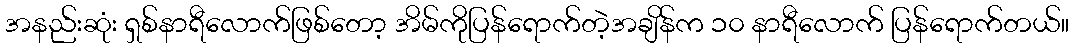
အနည်းဆုံး ရှစ်နာရီလောက်ဖြစ်တော့ အိမ်ကိုပြန်ရောက်တဲ့အချိန်က ၁၀ နာရီလောက် ပြန်ရောက်တယ်။